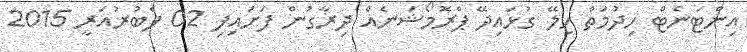
އިންޓަނެޓް ހިދުމަތް ހިލޭ ގުޅައިދޭ ޕްރޮމޯޝަނެއް ދިރާގުން ފަށައިފި 02 ފެބުރުއަރީ 2015